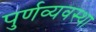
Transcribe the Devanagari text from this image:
पुर्णव्यवस्था